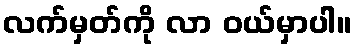
လက်မှတ်ကို လာ ဝယ်မှာပါ။